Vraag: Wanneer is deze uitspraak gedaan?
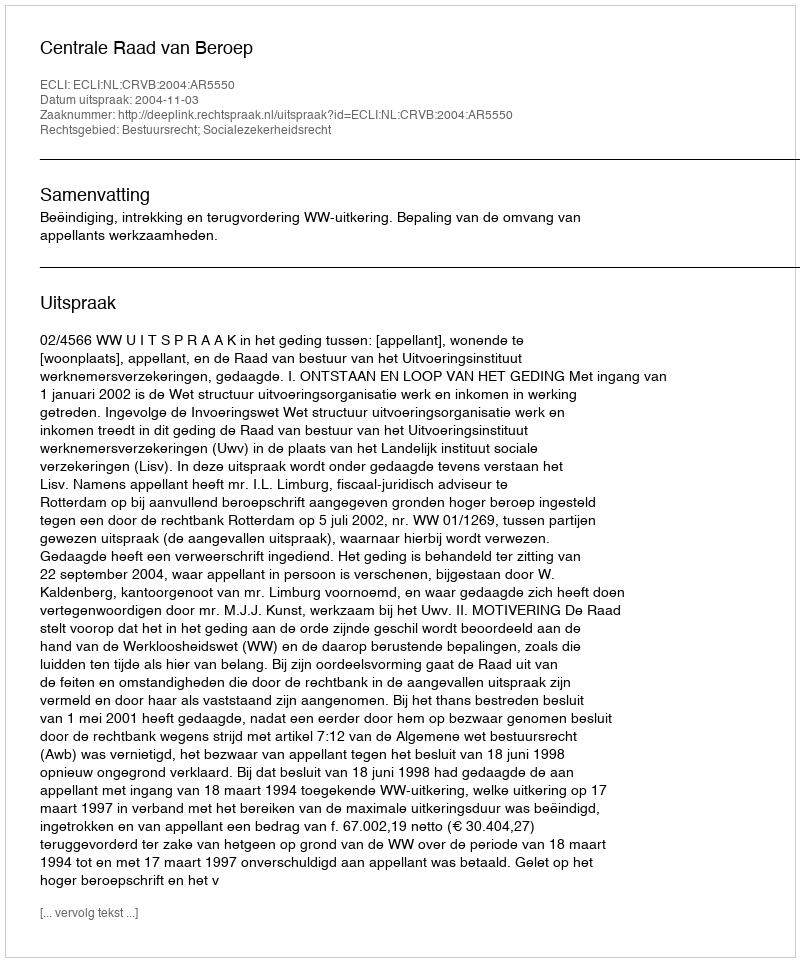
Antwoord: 2004-11-03